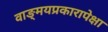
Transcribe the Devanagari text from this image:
वाङ्‌मयप्रकारापेक्षा